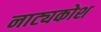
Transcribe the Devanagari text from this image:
नाट्यकोश